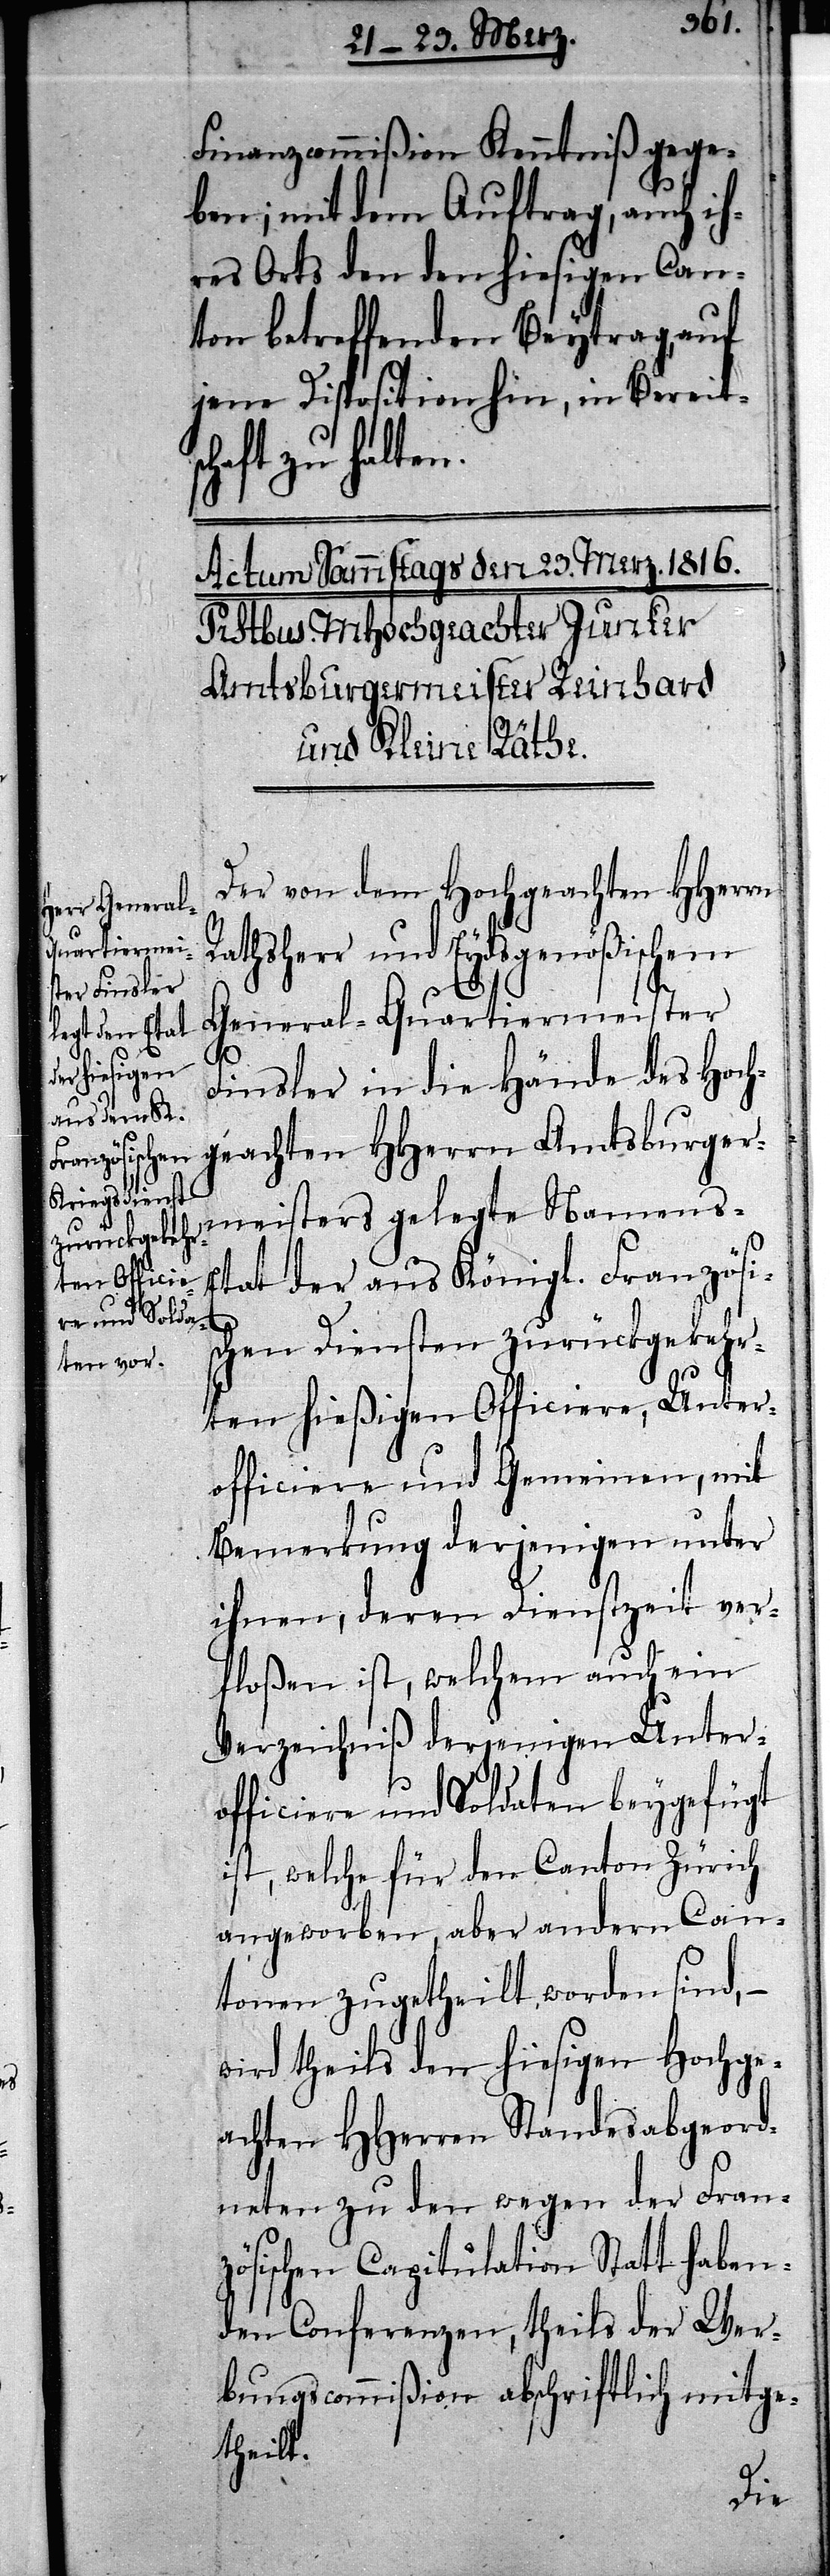
Finanzcommißion Kenntniß gege¬
ben; mit dem Auftrag, auch ih¬
res Orts den hiesigen Can¬
ton betreffenden Beytrag, auf
jene Disposition hin, in Bereits¬
chaft zu halten.
Der von dem Hochgeachten HHerren
Rathsherr und Eydsgenößischem
General-Quartiermeister
Finsler in die Hände des Hoch¬
geachten HHerren Amtsburger¬
meisters gelegte Namens-E¬
tat der aus Königl. Französi¬
schen Diensten zurückgekehr¬
ten hießigen Officiere, Unter¬
officiere und Gemeinen, mit
Bemerkung derjenigen unter
ihnen, deren Dienstzeit ver¬
floßen ist, welchem auch ein
Verzeichniß derjenigen Unter¬
officiere und Soldaten beygefügt
ist, welche für den Canton Zürich
angeworben, aber andern Can¬
tonen zugetheilt worden sind, –
wird theils den hiesigen Hochge¬
achten HHerren Standesabgeord¬
neten zu den wegen der Fran¬
zösischen Capitulation Statt haben¬
den Conferenzen, theils der Wer¬
bungscommißion abschriftlich mitge¬
theilt.